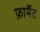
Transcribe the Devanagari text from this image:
फ़ाॅर्मेट